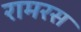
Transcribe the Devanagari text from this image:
रामरस